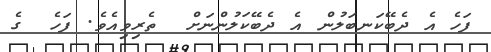
ފަހެ އެ ދެބޭކަނބަލުން އެ ދެބޭކަލުންނަށް  ތެރިވިއެވެ. ފަހެ  ގެ